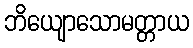
ဘိယျောသောမတ္တာယ